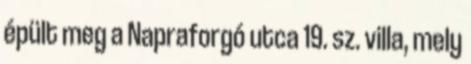
épült meg a Napraforgó utca 19. sz. villa, mely